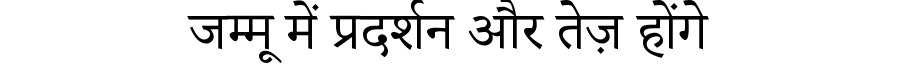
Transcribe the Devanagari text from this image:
जम्मू में प्रदर्शन और तेज़ होंगे